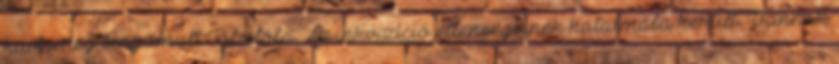
hadsereg benyomult Toledóba. Az inkvizíció ellenségeinek hatalmába került. Vannak